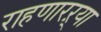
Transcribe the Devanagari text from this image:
राहणारऱ्या